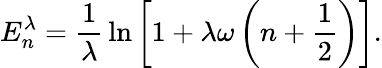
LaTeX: E_{n}^{\lambda}={\frac{1}{\lambda}}\ln\left[1+\lambda\omega\left(n+{\frac{1}{2}}\right)\right].